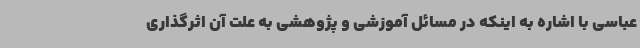
عباسی با اشاره به اینکه در مسائل آموزشی و پژوهشی به علت آن اثرگذاری